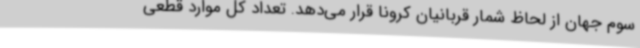
سوم جهان از لحاظ شمار قربانیان کرونا قرار می‌دهد. تعداد کل موارد قطعی